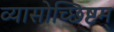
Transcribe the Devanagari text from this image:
व्यासोच्छिष्टम्